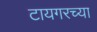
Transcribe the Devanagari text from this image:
टायगरच्या